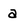
Character: a